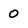
Character: O